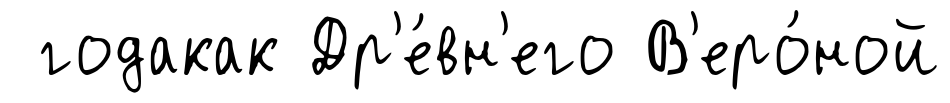
годакак Др'е́вн'его В'еро́ной